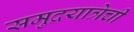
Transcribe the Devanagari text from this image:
समुद्रयात्रेची